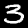
Digit: 3